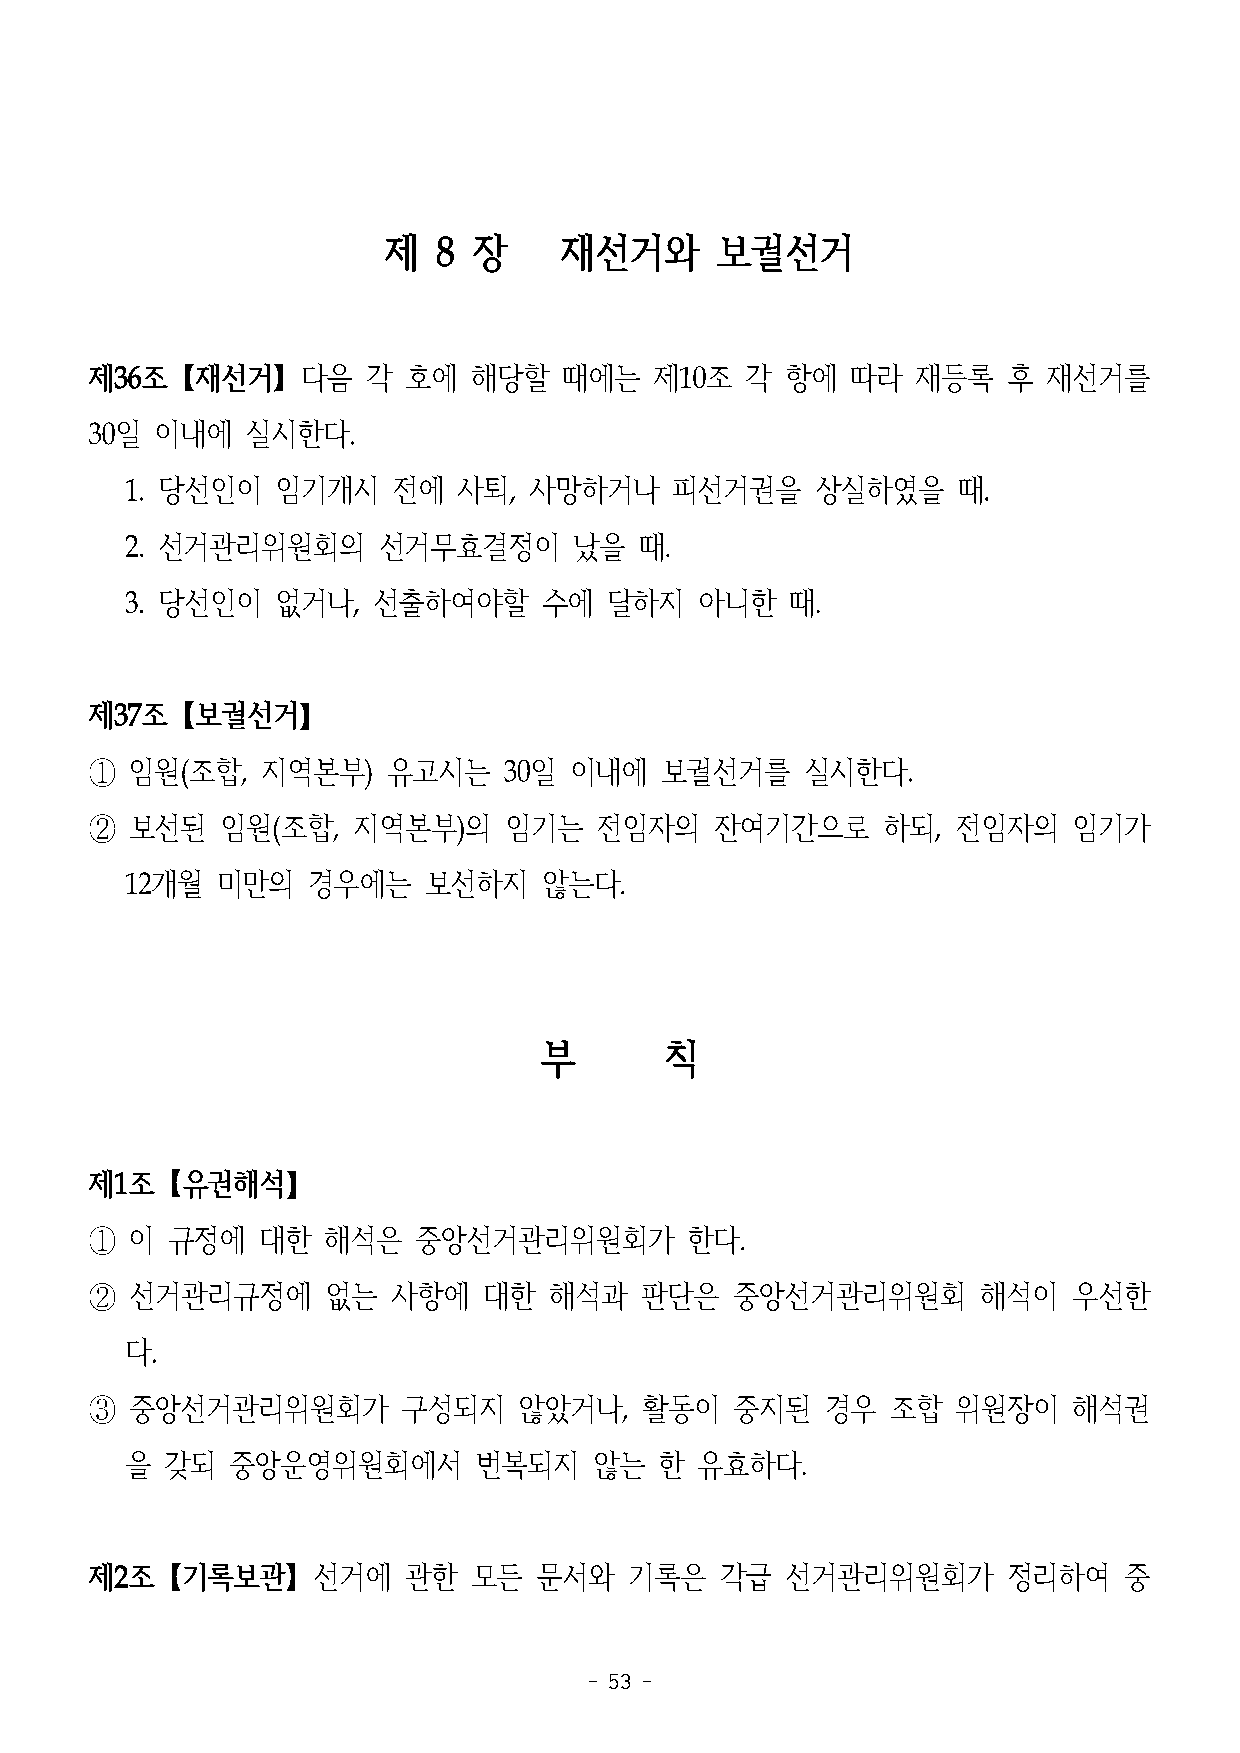
제   8 장     재선거와      보궐선거
 제36조【재선거】다음       각  호에  해당할   때에는   제10조  각  항에  따라   재등록   후 재선거를
 30일 이내에   실시한다.
 1. 당선인이   임기개시    전에  사퇴,  사망하거나    피선거권을     상실하였을    때.
 2. 선거관리위원회의      선거무효결정이      났을  때.
 3. 당선인이   없거나,   선출하여야할     수에  달하지   아니한   때.
 제37조【보궐선거】
 ①  임원(조합,  지역본부)    유고시는   30일  이내에   보궐선거를    실시한다.
 ②  보선된   임원(조합,  지역본부)의    임기는   전임자의    잔여기간으로     하되,  전임자의    임기가
 12개월  미만의   경우에는    보선하지    않는다.
 부       칙
 제1조【유권해석】
 ①  이 규정에   대한  해석은   중앙선거관리위원회가        한다.
 ②  선거관리규정에      없는  사항에   대한  해석과   판단은    중앙선거관리위원회       해석이   우선한
 다.
 ③  중앙선거관리위원회가        구성되지   않았거나,   활동이    중지된   경우  조합  위원장이    해석권
 을  갖되  중앙운영위원회에서       번복되지    않는   한 유효하다.
 제2조【기록보관】선거에         관한  모든   문서와   기록은   각급  선거관리위원회가       정리하여   중
 - 53 -